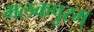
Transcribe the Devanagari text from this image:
मलकपुरम्‌